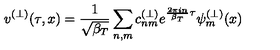
v ^ { ( \perp ) } ( \tau , x ) = \frac { 1 } { \sqrt { \beta _ { T } } } \sum _ { n , m } c _ { n m } ^ { ( \perp ) } e ^ { \frac { 2 \pi i n } { \beta _ { T } } \tau } \psi _ { m } ^ { ( \perp ) } ( x )